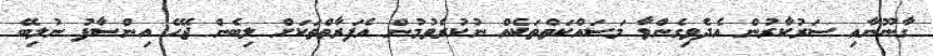
ގާނޫނާއި ސަރުކާރުން އެދެވިގެންވާ މަސައްކަތްތަކެއް ނުކުރެވުމުން އެފަރާތްތަކަށް ލިބެން ޖެހޭ އިންސާފު ނުލިބޭ